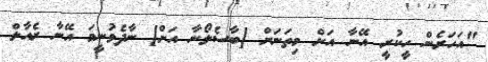
"އަހަރެން ހީކުރީ އޭނާ އަށް މިތަނަށް [ބާސެލޯނާ އަށް] ނާދެވުނީމަ އޭނާ ރެއާލް